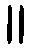
။